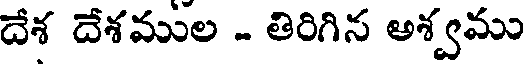
దేశ దేశముల - తిరిగిన అశ్వము